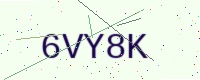
Text: 6VY8K